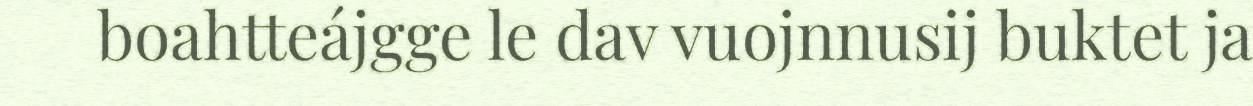
boahtteájgge le dav vuojnnusij buktet ja